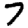
Digit: 7